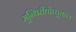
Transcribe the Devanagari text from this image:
मुन्थिरीथोप्पुकल